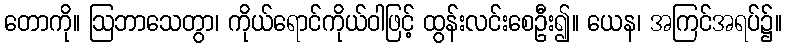
တောကို။ ဩဘာသေတွာ၊ ကိုယ်ရောင်ကိုယ်ဝါဖြင့် ထွန်းလင်းစေဦး၍။ ယေန၊ အကြင်အရပ်၌။